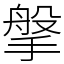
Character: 搫